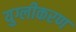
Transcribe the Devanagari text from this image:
युग्लीकरण